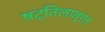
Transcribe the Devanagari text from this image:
षट्तिलाव्रत